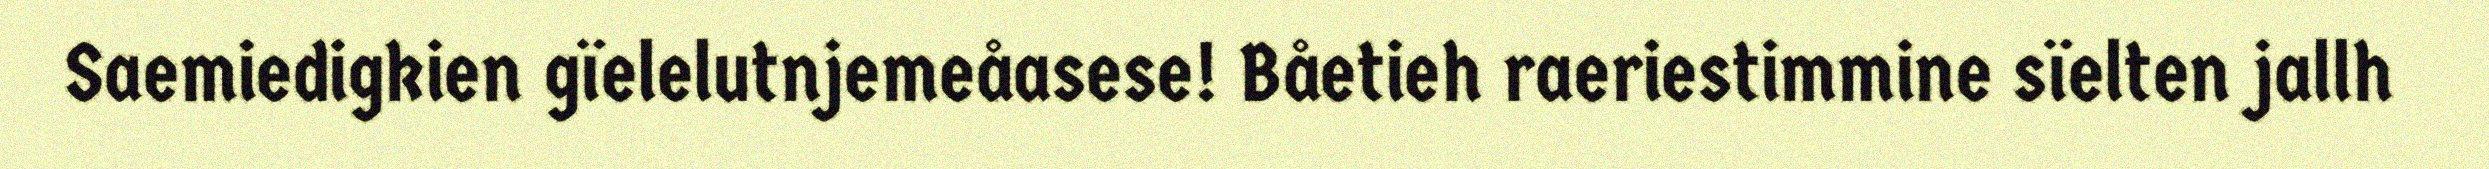
Saemiedigkien gïelelutnjemeåasese! Båetieh raeriestimmine sïelten jallh